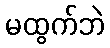
မထွက်ဘဲ